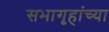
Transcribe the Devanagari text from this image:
सभागृहांच्या